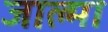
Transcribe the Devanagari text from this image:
जाल्मा